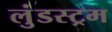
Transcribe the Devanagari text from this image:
लुंडस्ट्रम